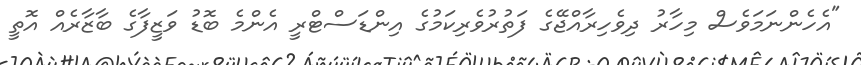
"އެހެންނަމަވެސް މިހާރު ދިވެހިރާއްޖޭގެ ފަތުރުވެރިކަމުގެ އިންޑަސްޓްރީ އެންމެ ބޮޑު ވަޒީފާގެ ބާޒާރެއް އޮތީ